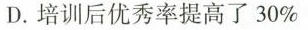
D.培训后优秀率提高了30%